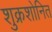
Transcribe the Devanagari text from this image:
शुक्रशोनित